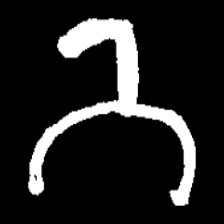
Pyu character \u2014 Myanmar letter: ဘ (romanized: bha)